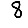
Digit: 8